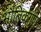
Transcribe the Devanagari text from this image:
भौतिकगुण